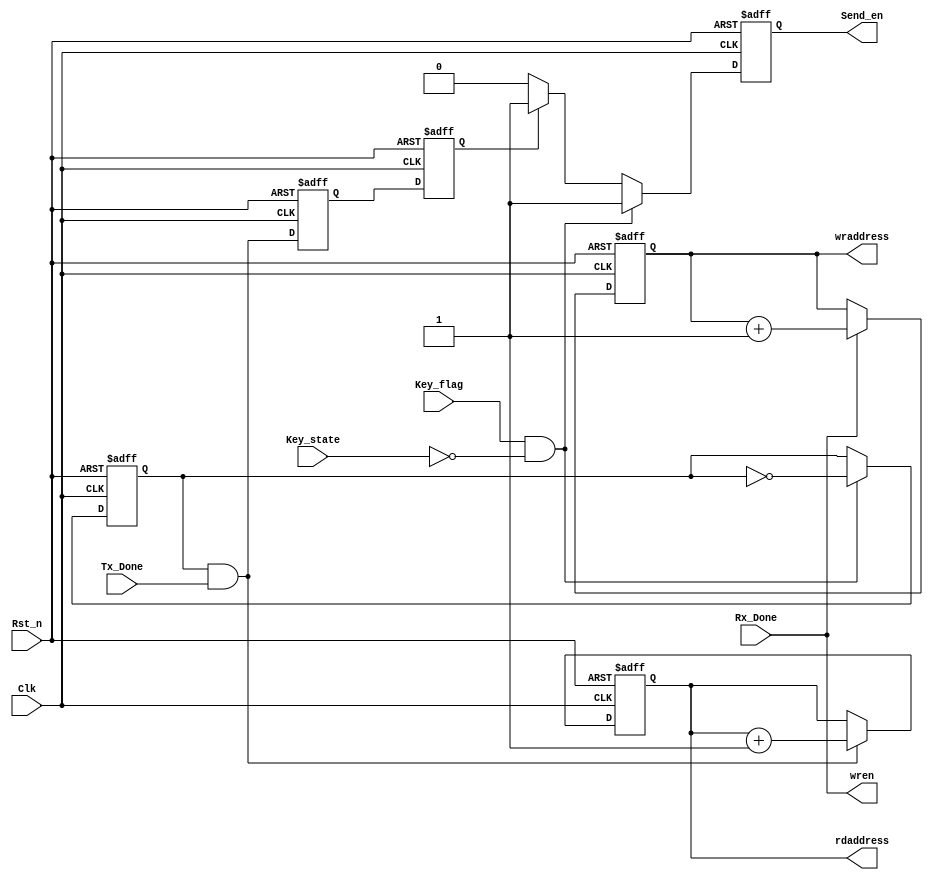
module CTRL(
	Clk,
	Rst_n,
	Key_flag,
	Key_state,
	Rx_Done,
	Tx_Done,
	rdaddress,
	wraddress,
	wren,
	Send_en
);	

	input Clk;
	input Rst_n;
	input Key_flag;
	input Key_state;
	input Rx_Done;
	input Tx_Done;
	output reg[7:0]rdaddress;
	output reg[7:0]wraddress;
	output wren;
	output reg Send_en;
	
	assign wren = Rx_Done;
	
	reg do_send;	//
	reg r0_send_done,r1_send_done;
	
	always@(posedge Clk or negedge Rst_n)
	if(!Rst_n)
		wraddress <= 8'd0;
	else if(Rx_Done)
		wraddress <= wraddress + 1'b1;
	else
		wraddress <= wraddress;
		
	always@(posedge Clk or negedge Rst_n)
	if(!Rst_n)
		do_send <= 1'd0;
	else if(Key_flag && !Key_state)
		do_send <= ~do_send;
		
	always@(posedge Clk or negedge Rst_n)
	if(!Rst_n)	
		rdaddress <= 8'd0;
	else if(do_send && Tx_Done)
		rdaddress <= rdaddress + 8'd1;
	else
		rdaddress <= rdaddress;
		
	always@(posedge Clk or negedge Rst_n)
	if(!Rst_n)begin
		r0_send_done <= 1'b0;
		r1_send_done <= 1'b0;
	end
	else begin
		r0_send_done <= (do_send && Tx_Done);
		r1_send_done <= r0_send_done;	
	end
		
	always@(posedge Clk or negedge Rst_n)
	if(!Rst_n)
		Send_en <= 1'b0;
	else if(Key_flag && !Key_state)
		Send_en <= 1'b1;
	else if(r1_send_done)
		Send_en <= 1'b1;
	else
		Send_en <= 1'b0;

endmodule